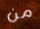
من